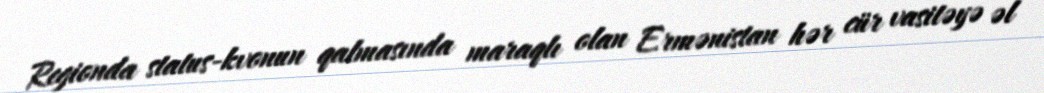
Regionda status-kvonun qalmasında maraqlı olan Ermənistan hər cür vasitəyə əl